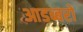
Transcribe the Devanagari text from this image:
आडब्बरों